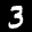
Label: 3